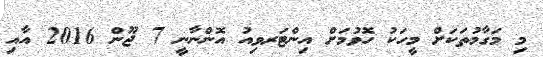
މި މަގާމުތަކަށް މީހަކު ހޮވުމަށް އިންޓަރވިއު އޮންނާނީ 7 ޖޫން 2016 އާއި